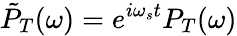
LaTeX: \tilde{P}_{T}(\omega)=e^{i\omega_{s}t}P_{T}(\omega)